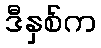
ဒီနှစ်က